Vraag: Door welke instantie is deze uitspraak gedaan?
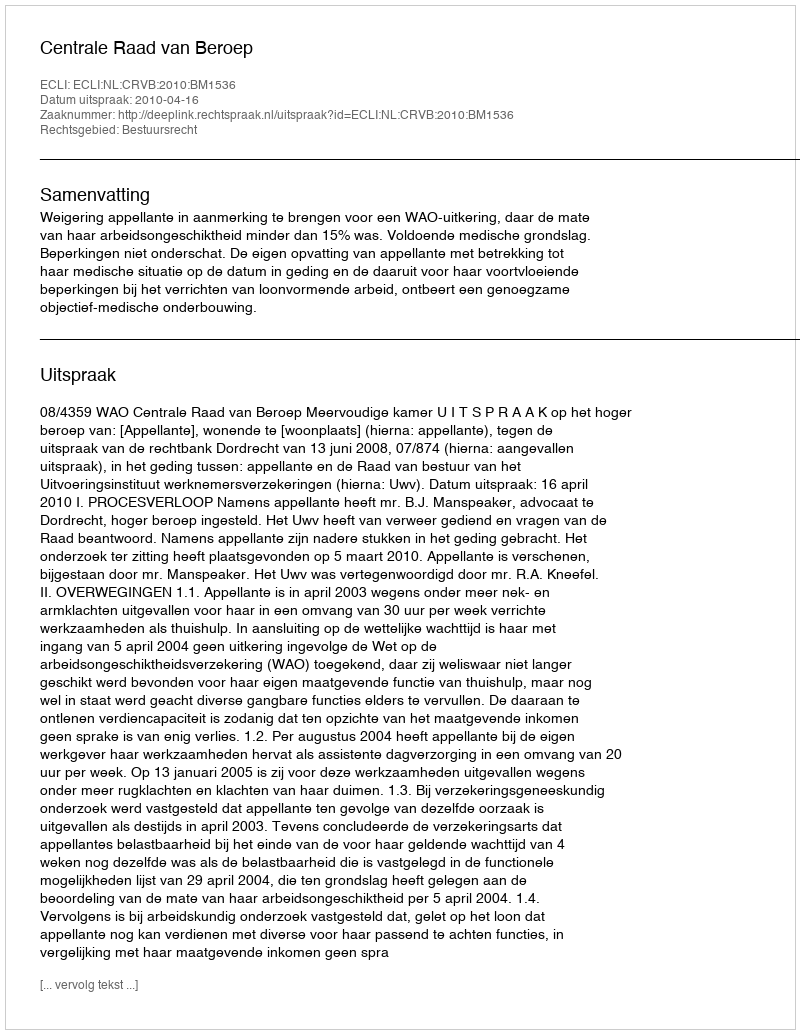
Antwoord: Centrale Raad van Beroep